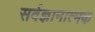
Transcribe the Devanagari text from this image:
सर्वज्ञानात्मक